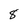
Character: 8